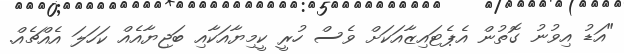
"އަޑު އިވުނު ގޮތުން އެޕެޓައިޒާއަކަށް ވެސް ހުރީ ކީމިޔާއަކާއި ބަޖިޔާއެއް ކަހަލަ އެއްޗެއް.